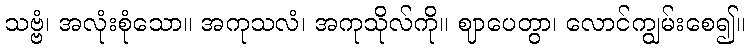
သဗ္ဗံ၊ အလုံးစုံသော။ အကုသလံ၊ အကုသိုလ်ကို။ ဈာပေတွာ၊ လောင်ကျွမ်းစေ၍။